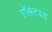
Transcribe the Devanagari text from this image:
प्रोफिटबल